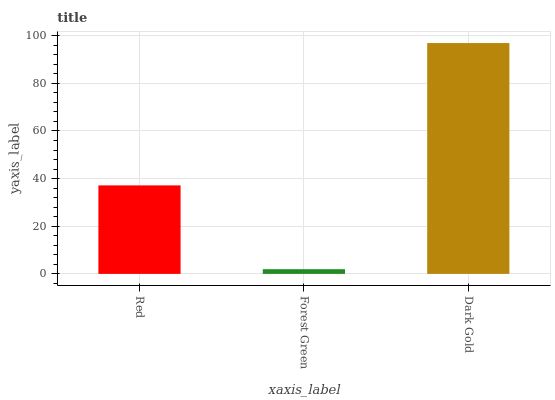
| xaxis_label | bars |
 | --- | --- |
 | Red | 37.2 |
 | Forest Green | 1.98 |
 | Dark Gold | 96.9 |